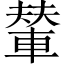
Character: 輦